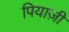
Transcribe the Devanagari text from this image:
पियाज़ी